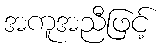
အကူအညီဖြင့်